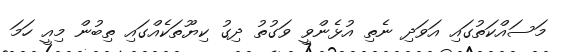
މަސައްކަތުގައި އަވަދި ނެތި އުޅެންވީ ވަގުތު ދިގު ކިޔޫތަކެއްގައި ތިބުން މިއީ ހަމަ